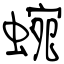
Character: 蜿